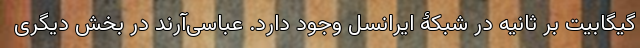
گیگابیت بر ثانیه در شبکۀ ایرانسل وجود دارد. عباسی‌آرند در بخش دیگری